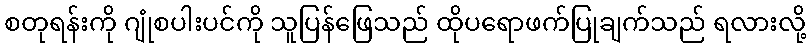
စတုရန်းကို ဂျုံစပါးပင်ကို သူပြန်ဖြေသည် ထိုပရောဖက်ပြုချက်သည် ရလားလို့